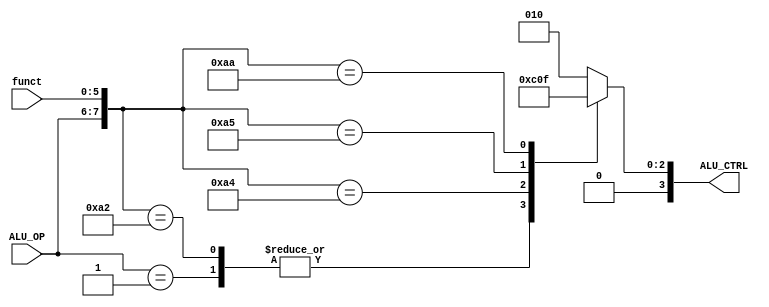
`timescale 1ns / 1ps

module ALU_ctrl( funct, ALU_OP,ALU_CTRL );
    input [5:0] funct;
    input [1:0] ALU_OP;
    output [3:0]ALU_CTRL;
    /* add your design */   
    wire [7:0] ALU_CTRL_IN;
    reg [3:0] ALU_CTRL;
    assign ALU_CTRL_IN = {ALU_OP,funct};
    always @(ALU_CTRL_IN)
    casex (ALU_CTRL_IN)
	    8'b00xxxxxx: ALU_CTRL=4'b0010;
	    8'b01xxxxxx: ALU_CTRL=4'b0110;
	    8'b10100000: ALU_CTRL=4'b0010;
	    8'b10100010: ALU_CTRL=4'b0110;
	    8'b10100100: ALU_CTRL=4'b0000;
	    8'b10100101: ALU_CTRL=4'b0001;
	    8'b10101010: ALU_CTRL=4'b0111;
        default: ALU_CTRL=4'b0010;
	endcase
endmodule